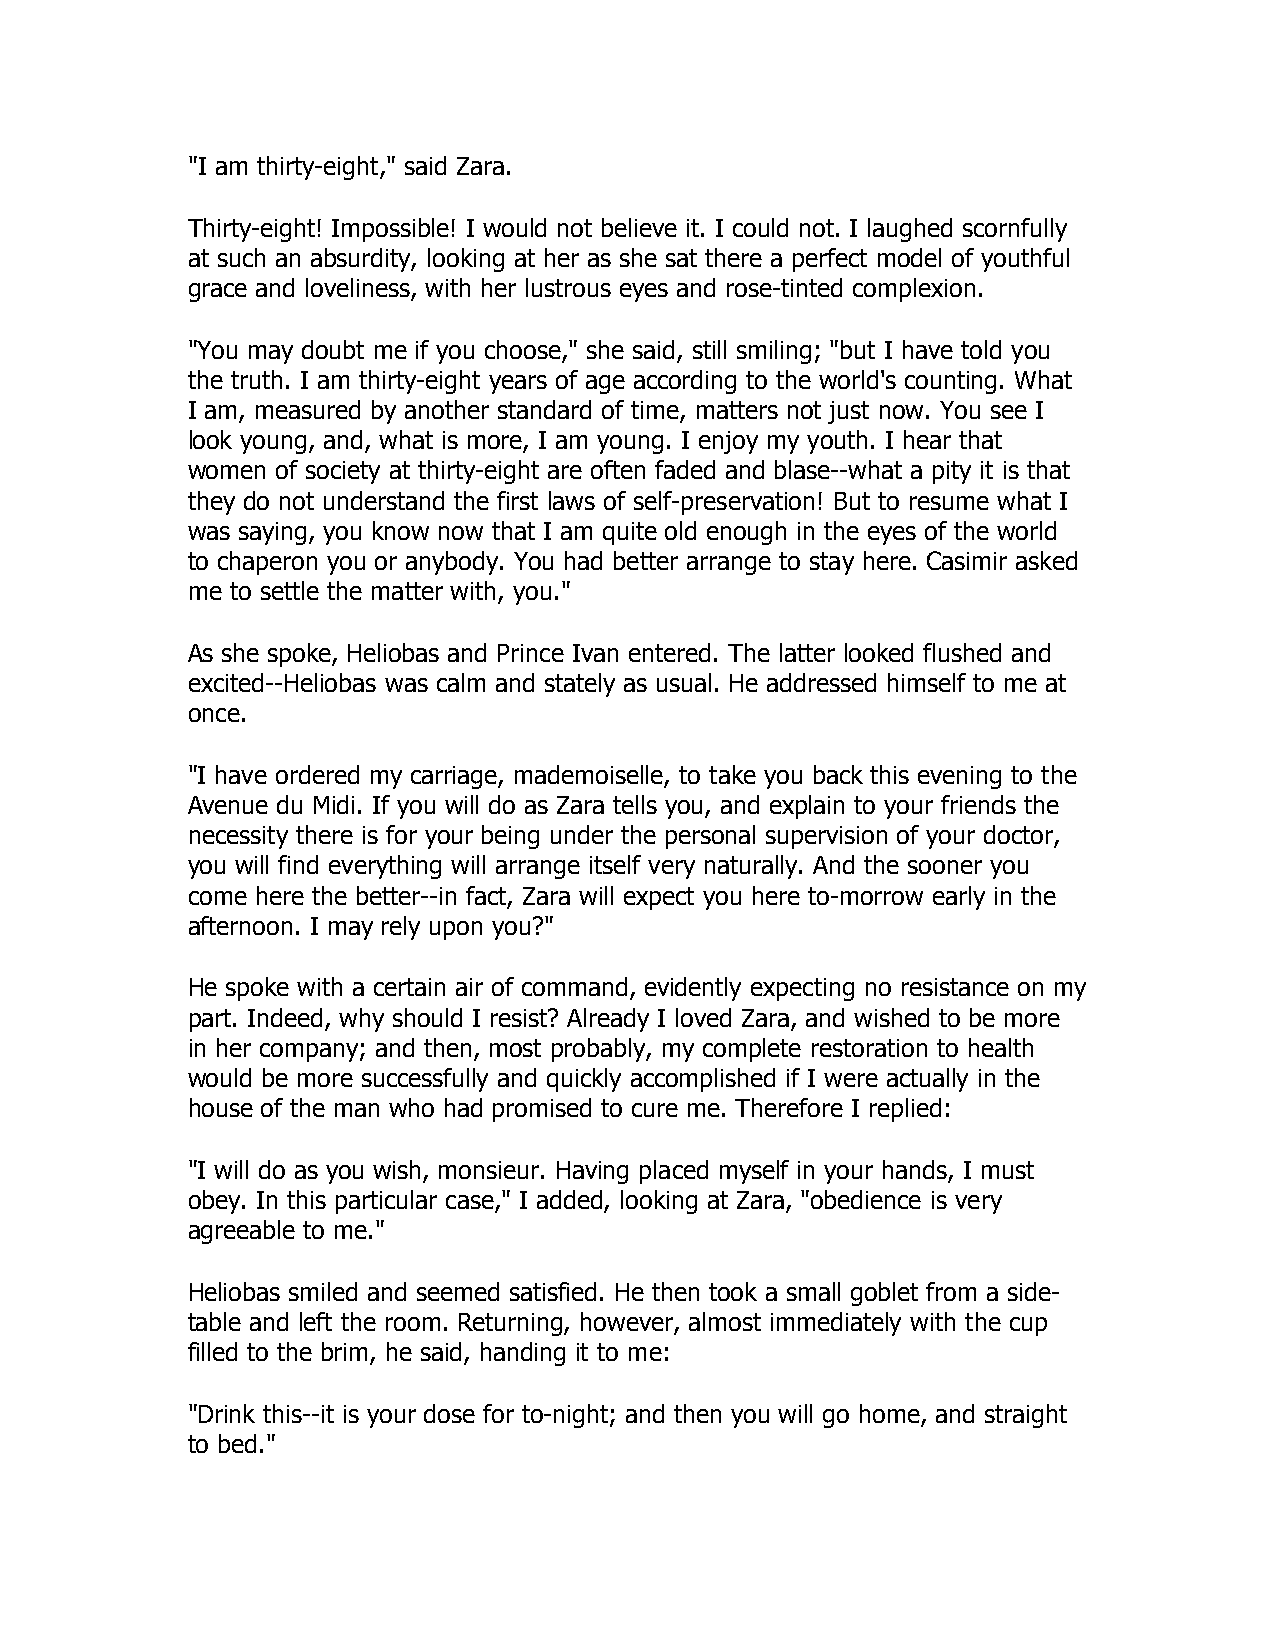
"I am thirty-eight," said Zara.
 Thirty-eight! Impossible! I would not believe it. I could not. I laughed scornfully
 at such an absurdity, looking at her as she sat there a perfect model of youthful
 grace and loveliness, with her lustrous eyes and rose-tinted complexion.
 "You may doubt me if you choose," she said, still smiling; "but I have told you
 the truth. I am thirty-eight years of age according to the world's counting. What
 I am, measured by another standard of time, matters not just now. You see I
 look young, and, what is more, I am young. I enjoy my youth. I hear that
 women of society at thirty-eight are often faded and blase--what a pity it is that
 they do not understand the first laws of self-preservation! But to resume what I
 was saying, you know now that I am quite old enough in the eyes of the world
 to chaperon you or anybody. You had better arrange to stay here. Casimir asked
 me to settle the matter with, you."
 As she spoke, Heliobas and Prince Ivan entered. The latter looked flushed and
 excited--Heliobas was calm and stately as usual. He addressed himself to me at
 once.
 "I have ordered my carriage, mademoiselle, to take you back this evening to the
 Avenue du Midi. If you will do as Zara tells you, and explain to your friends the
 necessity there is for your being under the personal supervision of your doctor,
 you will find everything will arrange itself very naturally. And the sooner you
 come here the better--in fact, Zara will expect you here to-morrow early in the
 afternoon. I may rely upon you?"
 He spoke with a certain air of command, evidently expecting no resistance on my
 part. Indeed, why should I resist? Already I loved Zara, and wished to be more
 in her company; and then, most probably, my complete restoration to health
 would be more successfully and quickly accomplished if I were actually in the
 house of the man who had promised to cure me. Therefore I replied:
 "I will do as you wish, monsieur. Having placed myself in your hands, I must
 obey. In this particular case," I added, looking at Zara, "obedience is very
 agreeable to me."
 Heliobas smiled and seemed satisfied. He then took a small goblet from a side-
 table and left the room. Returning, however, almost immediately with the cup
 filled to the brim, he said, handing it to me:
 "Drink this--it is your dose for to-night; and then you will go home, and straight
 to bed."